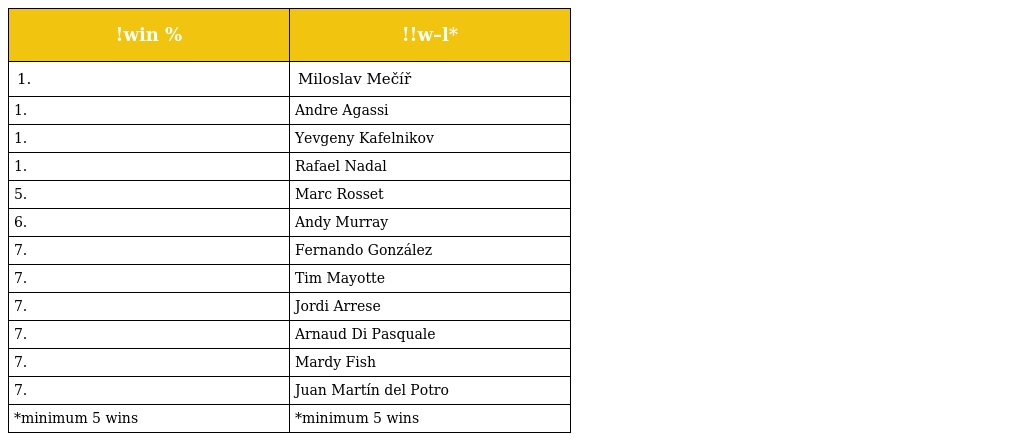
| !win % | !!w–l* |
 | --- | --- |
 | 1. | Miloslav Mečíř |
 | 1. | Andre Agassi |
 | 1. | Yevgeny Kafelnikov |
 | 1. | Rafael Nadal |
 | 5. | Marc Rosset |
 | 6. | Andy Murray |
 | 7. | Fernando González |
 | 7. | Tim Mayotte |
 | 7. | Jordi Arrese |
 | 7. | Arnaud Di Pasquale |
 | 7. | Mardy Fish |
 | 7. | Juan Martín del Potro |
 | *minimum 5 wins | *minimum 5 wins |